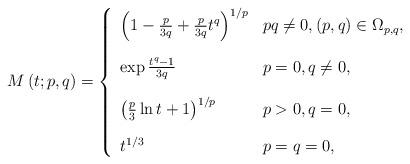
LaTeX: \begin{align*}M\left( t;p,q\right) =\left\{ \begin{array}{ll}\bigskip \left( 1-\frac{p}{3q}+\frac{p}{3q}t^{q}\right) ^{1/p} & pq\neq 0,\left( p,q\right) \in \Omega _{p,q}, \\ \bigskip \exp \frac{t^{q}-1}{3q} & p=0,q\neq 0, \\ \bigskip \left( \frac{p}{3}\ln t+1\right) ^{1/p} & p>0,q=0, \\ t^{1/3} & p=q=0,\end{array}\right. \end{align*}